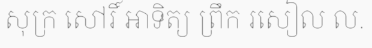
សុក្រ សៅរិ៍ អាទិត្យ ព្រឹក រសៀល ល.